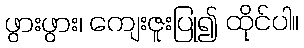
ဖွားဖွား၊ ကျေးဇူးပြု၍ ထိုင်ပါ။